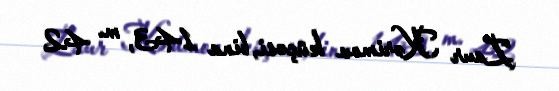
Zaur Kərimov küçəsi, bina 143, m. 42